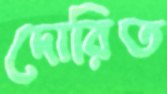
দোরিত